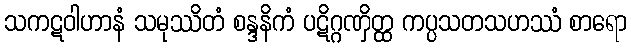
သကဋဝါဟာနံ သမုဿိတံ စန္ဒနိကံ ပဋိဂ္ဂဏှိတ္ထ ကပ္ပသတသဟဿံ စာရော